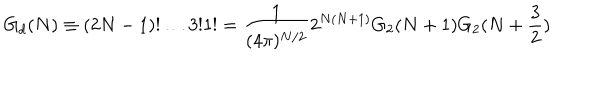
G _ { d } ( N ) \equiv ( 2 N - 1 ) ! \ldots 3 ! 1 ! = { \frac { 1 } { ( 4 \pi ) ^ { N / 2 } } } 2 ^ { N ( N + 1 ) } G _ { 2 } ( N + 1 ) G _ { 2 } ( N + { \frac { 3 } { 2 } } )